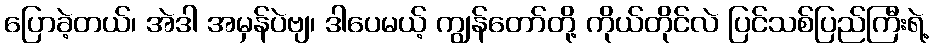
ပြောခဲ့တယ်၊ အဲဒါ အမှန်ပဲဗျ၊ ဒါပေမယ့် ကျွန်တော်တို့ ကိုယ်တိုင်လဲ ပြင်သစ်ပြည်ကြီးရဲ့